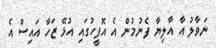
ނަވާލު އާ އާލިޔާ ފެނުމުން އެ އޮފީހުގައި އުޅޭ ޒަހާ އައިސް އެ